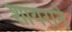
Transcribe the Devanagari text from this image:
शायराने